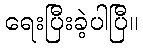
ရေးပြီးခဲ့ပါပြီ။